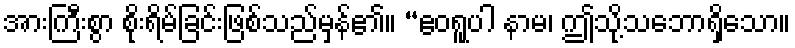
အားကြီးစွာ စိုးရိမ်ခြင်းဖြစ်သည်မှန်၏။ “ဧဝရူပါ နာမ၊ ဤသို့သဘောရှိသော။